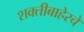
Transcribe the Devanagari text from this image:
शक्तीबाहेरचे